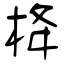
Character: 栙